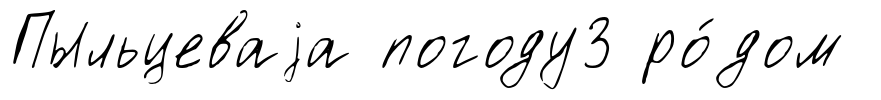
Пыльцеваjа погоду3 ро́дом